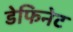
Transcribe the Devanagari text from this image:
डेफिनेट